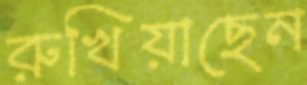
রুখিয়াছেন